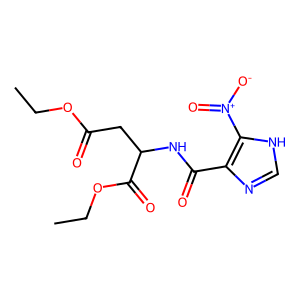
SMILES: CCOC(=O)CC(NC(=O)c1nc[nH]c1[N+](=O)[O-])C(=O)OCC
Inhibits HIV replication: No